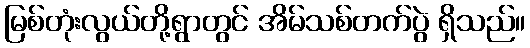
မြစ်တုံးလွယ်တို့ရွာတွင် အိမ်သစ်တက်ပွဲ ရှိသည်။